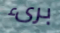
برىء